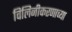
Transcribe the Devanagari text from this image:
विलिनीकरणाच्या